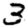
Digit: 3